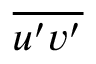
\overline { { u ^ { \prime } v ^ { \prime } } }